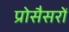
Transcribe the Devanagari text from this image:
प्रोसैसरों